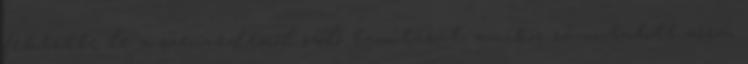
fektette le a szenvedésről szóló tanítását, amikor rámutatott arra,